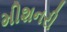
મીશનરી